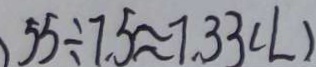
5 5 \div 7 . 5 \approx 7 . 3 3 ( L )